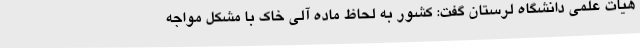
هیات علمی دانشگاه لرستان گفت: کشور به لحاظ ماده آلی خاک با مشکل مواجه